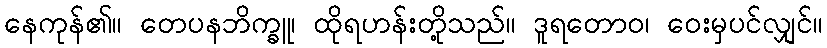
နေကုန်၏။ တေပနဘိက္ခူ၊ ထိုရဟန်းတို့သည်။ ဒူရတောဝ၊ ဝေးမှပင်လျှင်။